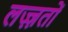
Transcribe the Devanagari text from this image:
लज़्ज़तों